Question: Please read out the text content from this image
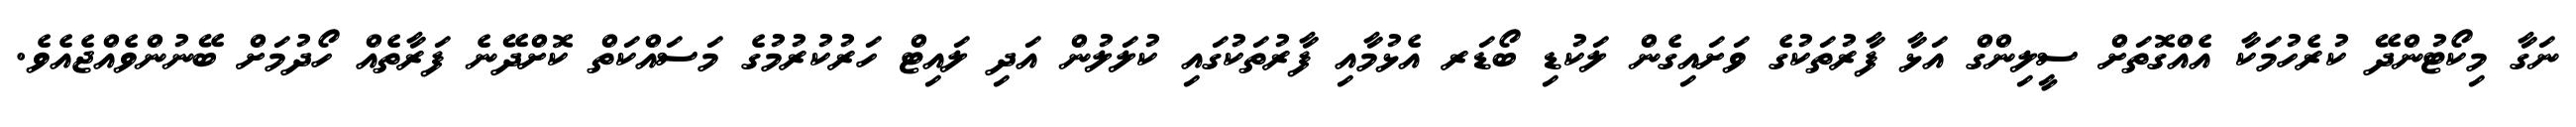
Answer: ނަގާ މިކޯޓުންދޭ ކުރެހުމަކާ އެއްގޮތަށް ސީލިންގް އަޅާ ފާރުތަކުގެ ވަށައިގެން ލަކުޑި ބޯޑަރ އެޅުމާއި ފާރުތަކުގައި ކުލަލުން އަދި ލައިޓް ހަރުކުރުމުގެ މަސައްކަތް ކޮށްދޭނެ ފަރާތެއް ހޯދުމަށް ބޭނުންވެއްޖެއެވެ.